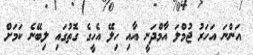
އަންނަ އަހަރު ޖުމްލަ އާމްދަނީ އާއި ހިލޭ އެހީގެ ގޮތުގައި ލިބޭނެ ކަމަށް